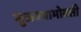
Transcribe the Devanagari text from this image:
सुळक्याभोवती